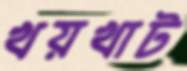
খয়খাট